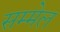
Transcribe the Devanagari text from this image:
सम्‍मेल